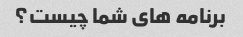
برنامه های شما چیست؟